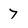
Character: 7